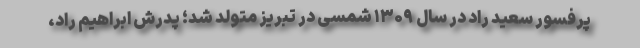
پرفسور سعید راد در سال ۱۳۰۹ شمسی در تبریز متولد شد؛ پدرش ابراهیم راد،